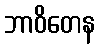
ဘာဝိတေန